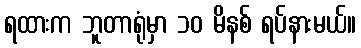
ရထားက ဘူတာရုံမှာ ၁၀ မိနစ် ရပ်နားမယ်။